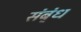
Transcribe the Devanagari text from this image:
संब्ंध